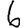
Digit: 6